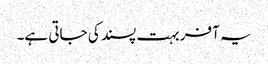
یہ آفر بہت پسند کی جاتی ہے۔